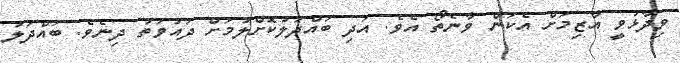
ވިދާޅުވީ އާޒިމަށް އެކަން ވާނެތޯ އެވެ. އަދި ބައްދަލުކޮށްލުމަށް ދައުވަތު ދިނެވެ. ބައްދަލު